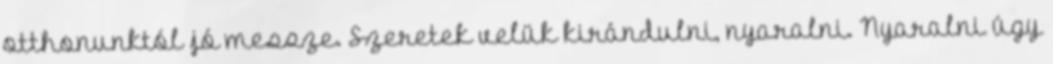
otthonunktól jó messze. Szeretek velük kirándulni, nyaralni. Nyaralni úgy